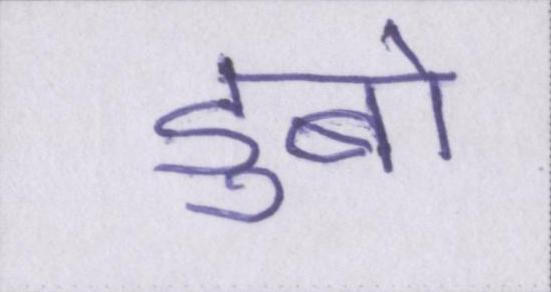
डुबो